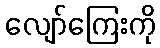
လျော်ကြေးကို